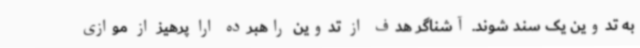
به تدوین یک سند شوند.‌ آشناگر هدف از تدوین راهبرده ارا پرهیز از موازی